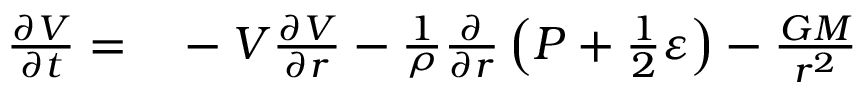
\begin{array} { r l } { \frac { \partial V } { \partial t } = } & { { } - V \frac { \partial V } { \partial r } - \frac { 1 } { \rho } \frac { \partial } { \partial r } \left( P + \frac { 1 } { 2 } \varepsilon \right) - \frac { G M } { r ^ { 2 } } } \end{array}